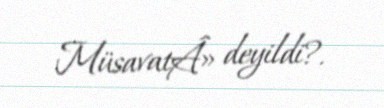
MüsavatÂ» deyildi?.